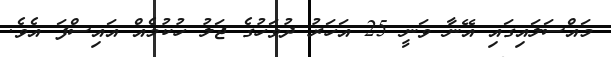
މައްސަލައިގައި އޭނާ ވަނީ 25 އަހަރު ދުވަހުގެ ޖަލު ހުކުމެއް އައިސްފަ އެވެ.